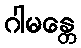
ဂါမန္တေ